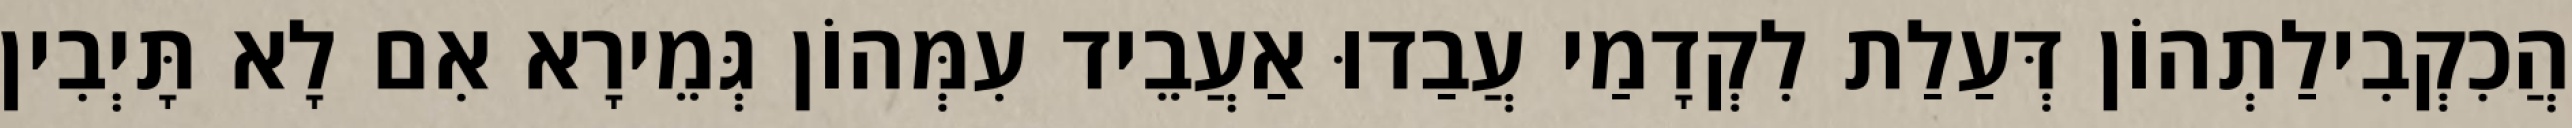
הֲכִקְבִילַתְהוֹן דְּעַלַת לִקְדָמַי עֲבַדוּ אַעֲבֵיד עִמְּהוֹן גְּמֵירָא אִם לָא תָּיְבִין